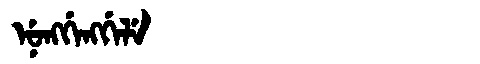
Manchu: ᠨᡠᠩᡤᡝᠩᡤᡝᠯᡝ
Romanization: NUNGGENGGELE